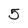
Character: 5